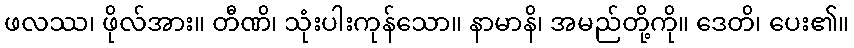
ဖလဿ၊ ဖိုလ်အား။ တီဏိ၊ သုံးပါးကုန်သော။ နာမာနိ၊ အမည်တို့ကို။ ဒေတိ၊ ပေး၏။